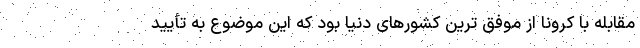
مقابله با کرونا از موفق ترین کشورهای دنیا بود که این موضوع به تأیید